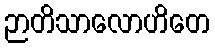
ဉာတိသာလောဟိတေ